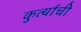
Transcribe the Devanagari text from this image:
कुर्त्याची